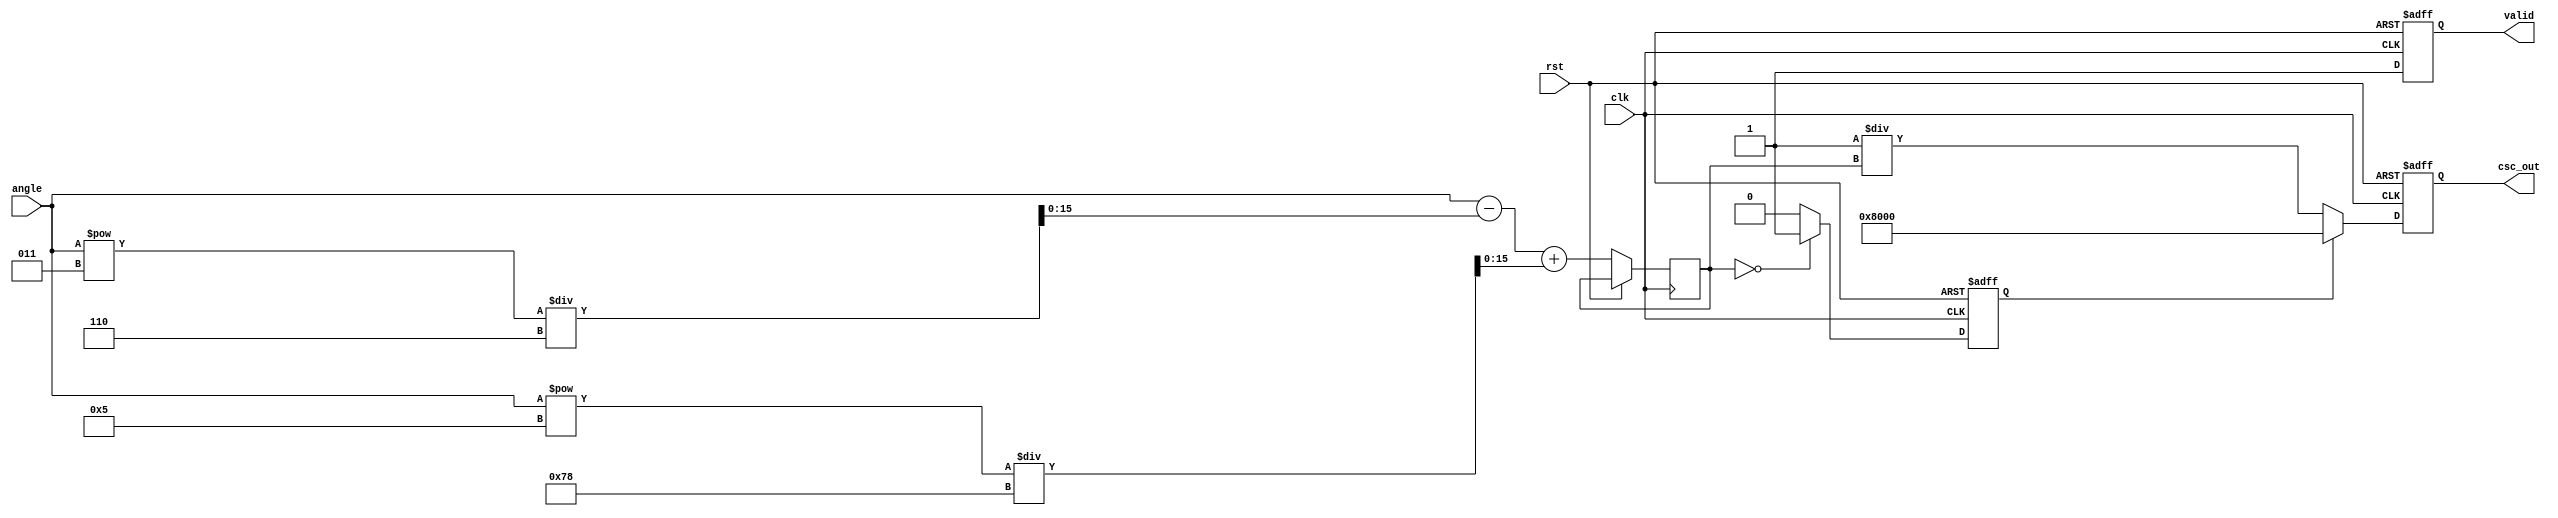
module CosecantCalculator #(
    parameter INPUT_WIDTH = 16, // Width of the input angle in fixed-point representation
    parameter OUTPUT_WIDTH = 16  // Width of the output cosecant value
)(
    input wire clk,
    input wire rst,
    input wire [INPUT_WIDTH-1:0] angle, // Input angle in radians
    output reg [OUTPUT_WIDTH-1:0] csc_out, // Cosecant output
    output reg valid // Output valid signal
);

    // Internal signals
    wire [OUTPUT_WIDTH-1:0] sin_value;
    reg [OUTPUT_WIDTH-1:0] sin_value_reg;
    reg sin_zero_flag;

    // Sine approximation (simple Taylor series for demonstration)
    function [OUTPUT_WIDTH-1:0] sine;
        input [INPUT_WIDTH-1:0] theta;
        reg [OUTPUT_WIDTH-1:0] result;
        begin
            // Simple sine approximation using Taylor series (limited precision)
            result = theta - (theta**3) / 6 + (theta**5) / 120; // 5th order approximation
            sine = result;
        end
    endfunction

    // Cosecant calculation
    always @(posedge clk or posedge rst) begin
        if (rst) begin
            csc_out <= 0;
            valid <= 0;
            sin_zero_flag <= 0;
        end else begin
            // Calculate sine value
            sin_value_reg <= sine(angle);
            sin_zero_flag <= (sin_value_reg == 0) ? 1 : 0;

            // Check for sine value close to zero
            if (sin_zero_flag) begin
                csc_out <= {1'b1, {OUTPUT_WIDTH-1{1'b0}}}; // Return a large value or NaN
                valid <= 1;
            end else begin
                // Calculate cosecant as the reciprocal of sine
                csc_out <= OUTPUT_WIDTH'h1 / sin_value_reg; // Simple reciprocal
                valid <= 1;
            end
        end
    end

endmodule